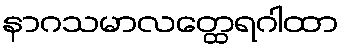
နာဂသမာလတ္ထေရဂါထာ